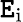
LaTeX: \mathtt{E}_{\mathrm{{i}}}